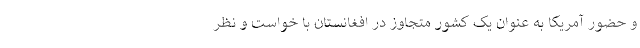
و حضور آمریکا به عنوان یک کشور متجاوز در افغانستان با خواست و نظر